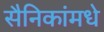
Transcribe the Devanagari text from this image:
सैनिकांमधे